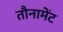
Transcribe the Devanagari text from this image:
तौनामेंट